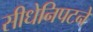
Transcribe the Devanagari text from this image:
सीधेनिपटने